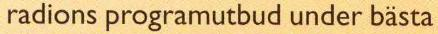
radions programutbud under bästa